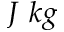
J ~ k g